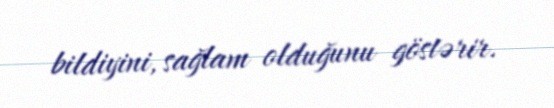
bildiyini, sağlam olduğunu göstərir.